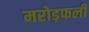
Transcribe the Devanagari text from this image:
मरोड़फली